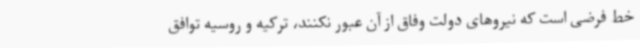
خط فرضی است که نیروهای دولت وفاق از آن عبور نکنند، ترکیه و روسیه توافق